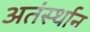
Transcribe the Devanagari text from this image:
अतंर्स्थान